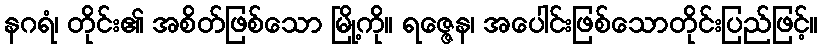
နဂရံ၊ တိုင်း၏ အစိတ်ဖြစ်သော မြို့ကို။ ရဇ္ဇေန၊ အပေါင်းဖြစ်သောတိုင်းပြည်ဖြင့်။